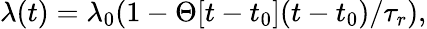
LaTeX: \lambda(t)=\lambda_{0}(1-\Theta[t-t_{0}](t-t_{0})/\tau_{r}),